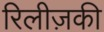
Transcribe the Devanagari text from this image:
रिलीज़की